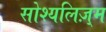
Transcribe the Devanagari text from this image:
सोश्यलिज़्म